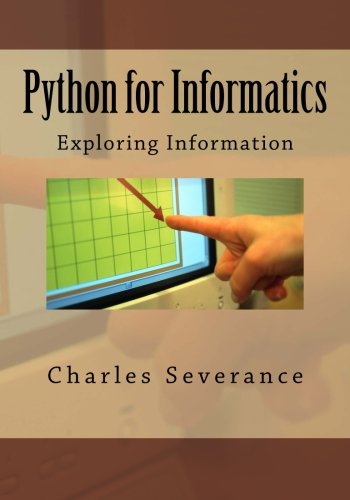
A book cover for Python for Informatics: Exploring Information; Dr. Charles R Severance; Computers & Technology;